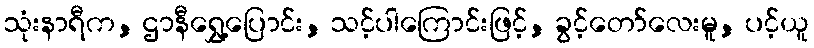
သုံးနာရီက, ဌာနီရွှေ့ပြောင်း, သင့်ပါကြောင်းဖြင့်, ခွင့်တော်လေးမူ, ပင့်ယူ